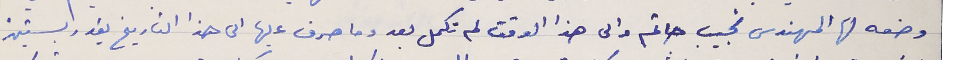
وضعه لها المهندس نجيب حاتم والى هذا الوقت لم تكمل بعد وما صرف عليها الى هذا التاريخ يقدر بستين